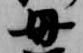
母